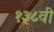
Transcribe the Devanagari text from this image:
१३८वी